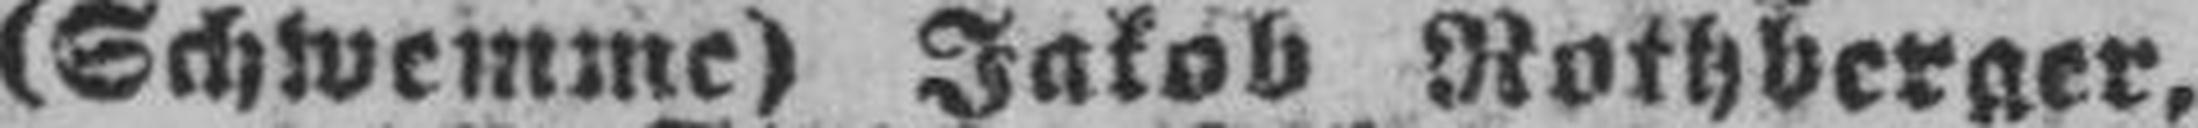
(Schwemme) Jakob Rothberger,